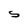
Character: S